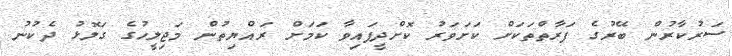
ސަރުކާރުން ބޭރުގެ ފަރާތްތަކަށް ކަށަވަރު ކޮށްދީފައިވާ ކަމަށް ރައްޔިތުން މަޖިލީހުގެ ގަލޮޅު ދެކުނު